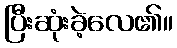
ပြီးဆုံးခဲ့လေ၏။